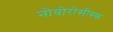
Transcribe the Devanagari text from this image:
नोवोरोसीस्क